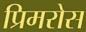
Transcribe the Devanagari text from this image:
प्रिमरोस